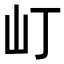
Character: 𡴵